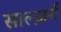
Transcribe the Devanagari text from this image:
साल्ज़र्ग